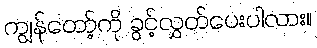
ကျွန်တော့်ကို ခွင့်လွှတ်ပေးပါလား။